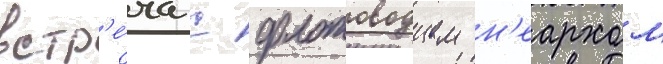
встр'е́ча с флотоводцем н'еархом